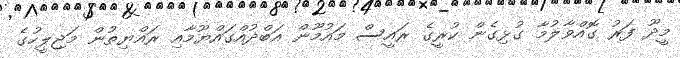
މީދޫ ފަރު ގޮއްވާލުމާ ގުޅިގެން ކުރީގެ ރައީސް މައުމޫން އަބްދުއްގައްޔޫމާއިި ރައްޔިތުން މަޖިލީހުގެ